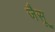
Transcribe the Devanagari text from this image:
जैसू